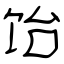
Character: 饴